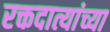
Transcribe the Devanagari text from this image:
रक्तदात्यांच्या